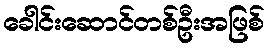
ခေါင်းဆောင်တစ်ဦးအဖြစ်